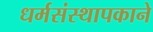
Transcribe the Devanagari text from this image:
धर्मसंस्थापकाने